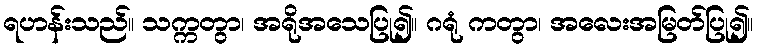
ရဟန်းသည်။ သက္ကတွာ၊ အရိုအသေပြု၍။ ဂရုံ ကတွာ၊ အလေးအမြတ်ပြု၍။